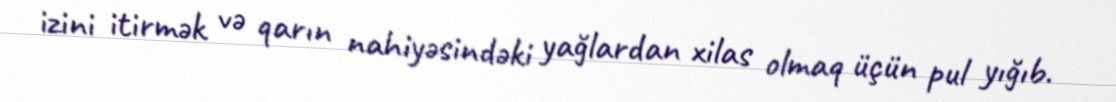
izini itirmək və qarın nahiyəsindəki yağlardan xilas olmaq üçün pul yığıb.